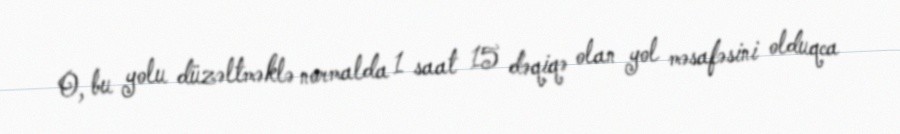
O, bu yolu düzəltməklə normalda 1 saat 15 dəqiqə olan yol məsafəsini olduqca